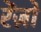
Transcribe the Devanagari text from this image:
रेंज़ो